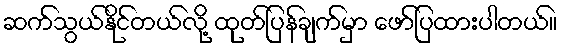
ဆက်သွယ်နိုင်တယ်လို့ ထုတ်ပြန်ချက်မှာ ဖော်ပြထားပါတယ်။